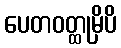
ပေတဝတ္ထုမှိပိ